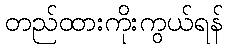
တည်ထားကိုးကွယ်ရန်